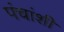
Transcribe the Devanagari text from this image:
पंचांशी